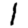
Digit: 1